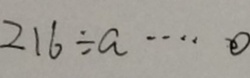
2 1 6 \div a \cdots 0